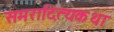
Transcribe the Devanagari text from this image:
समरादित्यकथा